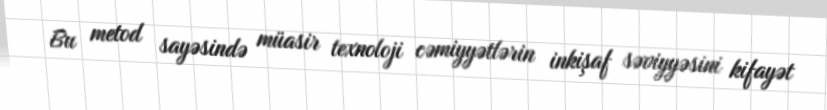
Bu metod sayəsində müasir texnoloji cəmiyyətlərin inkişaf səviyyəsini kifayət